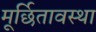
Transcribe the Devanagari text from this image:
मूर्छितावस्था